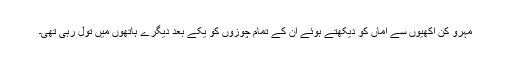
مہرو کن اکھیوں سے اماں کو دیکھتے ہوئے ان کے تمام چوزوں کو یکے بعد دیگرے ہاتھوں میں تول رہی تھی۔